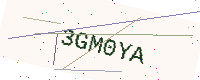
Text: 3GM0YA